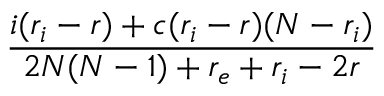
\frac { i ( r _ { i } - r ) + c ( r _ { i } - r ) ( N - r _ { i } ) } { 2 N ( N - 1 ) + r _ { e } + r _ { i } - 2 r }